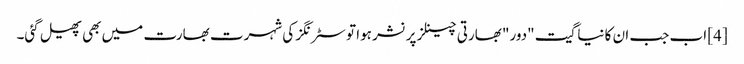
[4] اب جب ان کا نیا گیت "دور" بھارتی چینلز پر نشر ہوا تو سٹرنگز کی شہرت بھارت میں بھی پھیل گئی۔